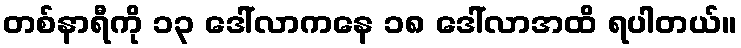
တစ်နာရီကို ၁၃ ဒေါ်လာကနေ ၁၈ ဒေါ်လာအထိ ရပါတယ်။